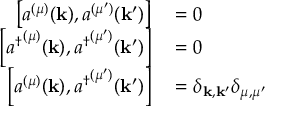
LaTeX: \begin{array} { r l } { \left[ a ^ { ( \mu ) } ( \mathbf { k } ) , a ^ { ( \mu ^ { \prime } ) } ( \mathbf { k } ^ { \prime } ) \right] } & { { } = 0 } \\ { \left[ { a ^ { \dagger } } ^ { ( \mu ) } ( \mathbf { k } ) , { a ^ { \dagger } } ^ { ( \mu ^ { \prime } ) } ( \mathbf { k } ^ { \prime } ) \right] } & { { } = 0 } \\ { \left[ a ^ { ( \mu ) } ( \mathbf { k } ) , { a ^ { \dagger } } ^ { ( \mu ^ { \prime } ) } ( \mathbf { k } ^ { \prime } ) \right] } & { { } = \delta _ { \mathbf { k } , \mathbf { k } ^ { \prime } } \delta _ { \mu , \mu ^ { \prime } } } \end{array}